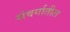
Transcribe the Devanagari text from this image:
संवर्गातील